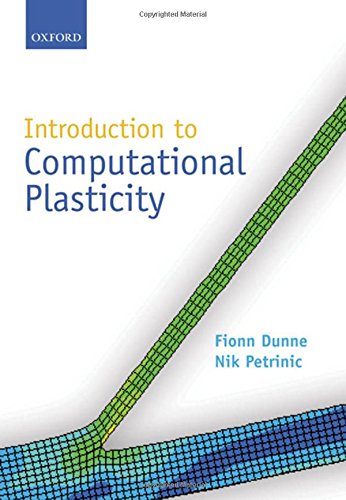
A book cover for Introduction to Computational Plasticity; Fionn Dunne; Science & Math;